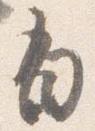
有